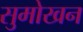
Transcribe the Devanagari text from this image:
सुमोखन